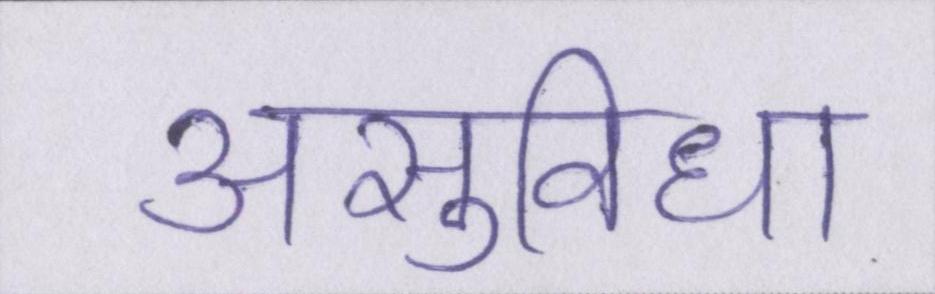
असुविधा